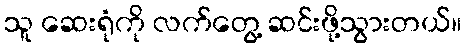
သူ ဆေးရုံကို လက်တွေ့ ဆင်းဖို့သွားတယ်။